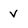
Character: v